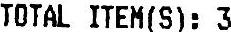
TOTAL GST(S): 3